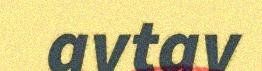
avtav